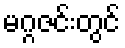
မဂ္ဂဇင်းတွင်